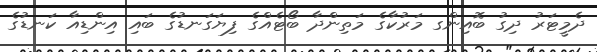
ދެމީޓަރު ދިގު ބޮއިންގ މަރުކާގެ މަތިންދާ ބޯޓެއްގެ ފިޔަގަނޑުގެ ބައި އިންޑިއާ ކަނޑުގެ